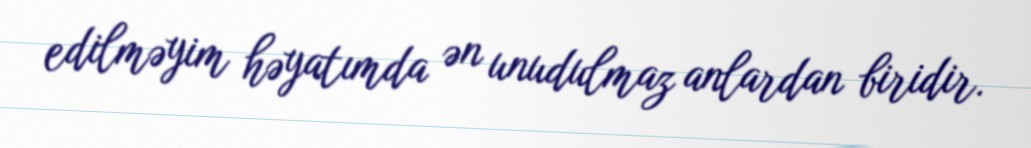
edilməyim həyatımda ən unudulmaz anlardan biridir.